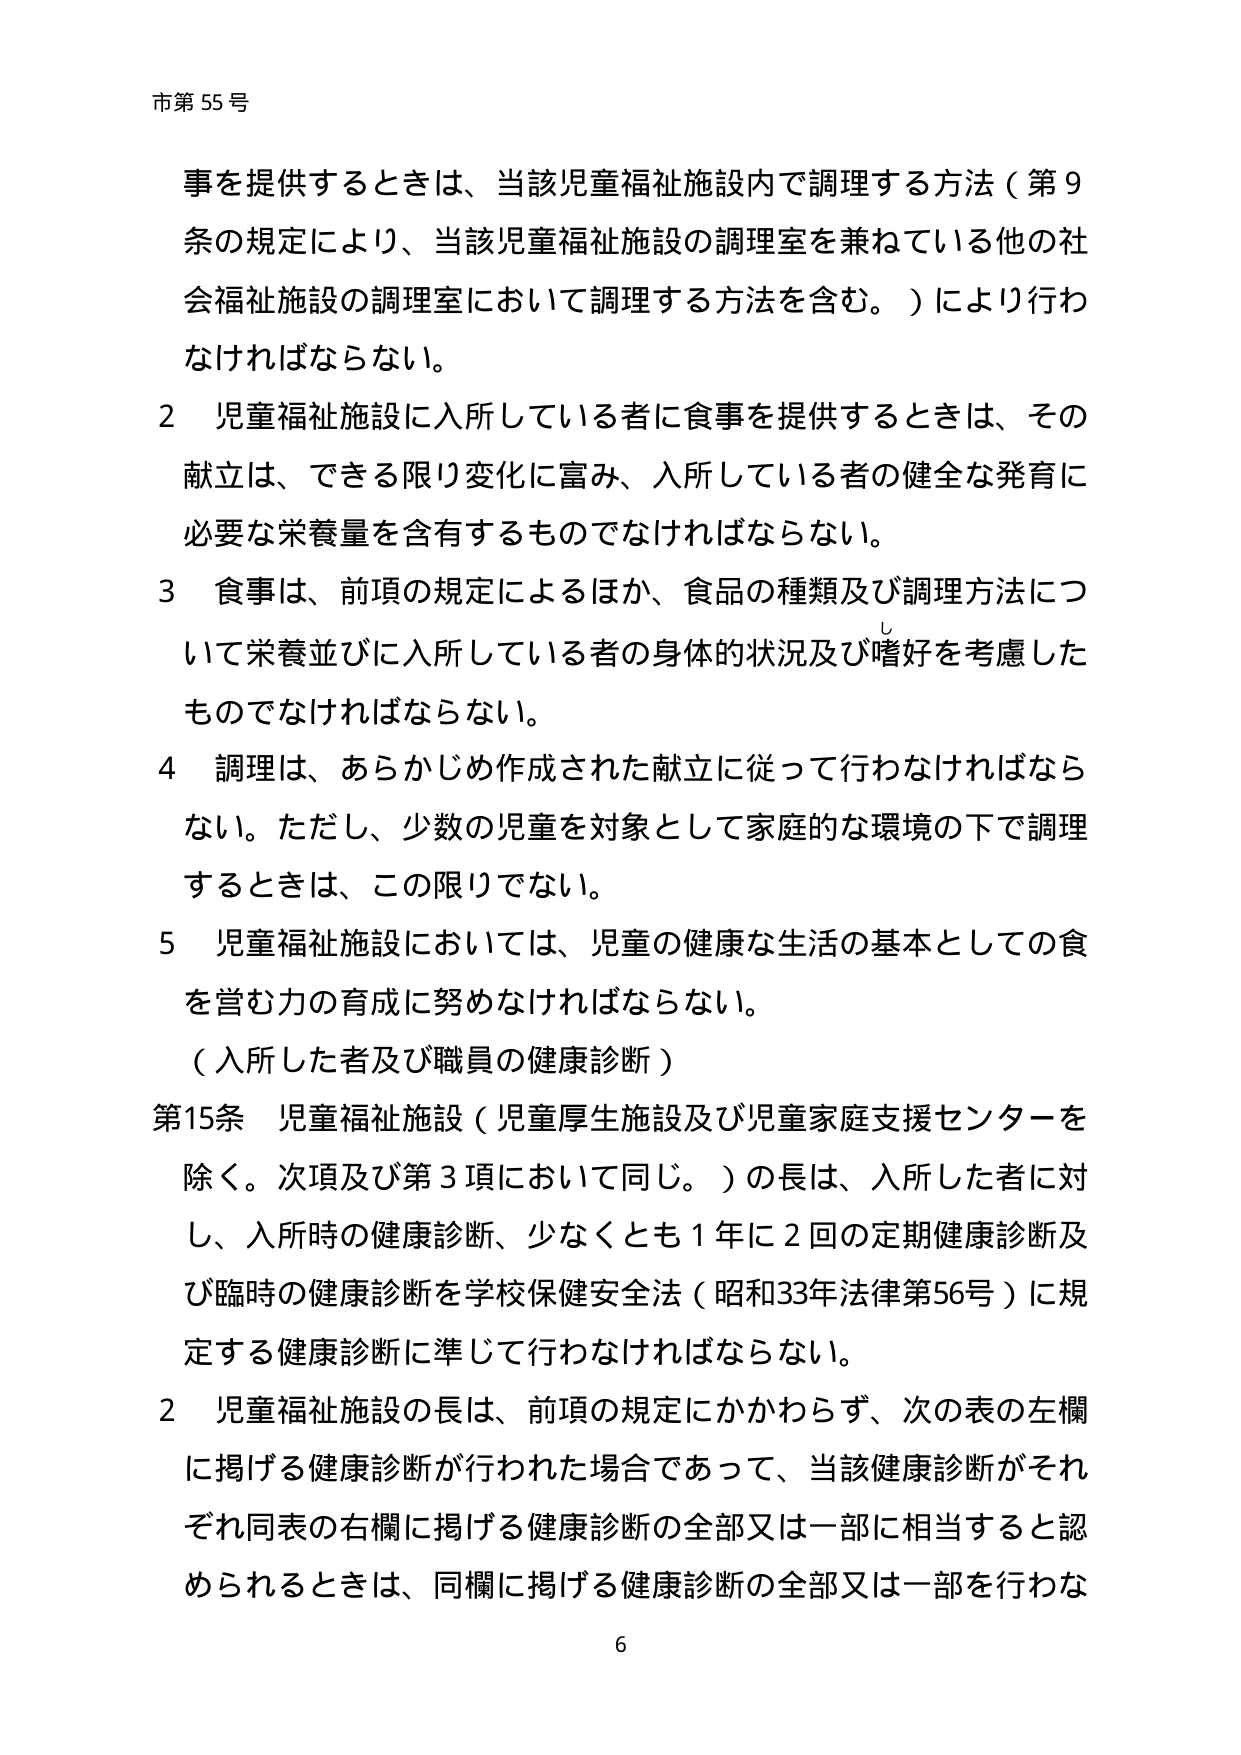
市第55号

事を提供するときは、当該児童福祉施設内で調理する方法（第9条の規定により、当該児童福祉施設の調理室を兼ねている他の社会福祉施設の調理室において調理する方法を含む。）により行わなければならない。

2 児童福祉施設に入所している者に食事を提供するときは、その献立は、できる限り変化に富み、入所している者の健全な発育に必要な栄養量を含有するものでなければならない。

3 食事は、前項の規定によるほか、食品の種類及び調理方法について栄養並びに入所している者の身体的状況及び嗜好を考慮したものでなければならない。

4 調理は、あらかじめ作成された献立に従って行わなければならない。ただし、少数の児童を対象として家庭的な環境の下で調理するときは、この限りでない。

5 児童福祉施設においては、児童の健康な生活の基本としての食を営む力の育成に努めなければならない。

（入所した者及び職員の健康診断）

第15条 児童福祉施設（児童厚生施設及び児童家庭支援センターを除く。次項及び第3項において同じ。）の長は、入所した者に対し、入所時の健康診断、少なくとも1年に2回の定期健康診断及び臨時の健康診断を学校保健安全法（昭和33年法律第56号）に規定する健康診断に準じて行わなければならない。

2 児童福祉施設の長は、前項の規定にかかわらず、次の表の左欄に掲げる健康診断が行われた場合であって、当該健康診断がそれぞれ同表の右欄に掲げる健康診断の全部又は一部に相当すると認められるときは、同欄に掲げる健康診断の全部又は一部を行わな

6